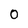
Character: 0